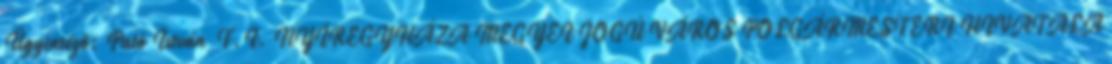
Ügyintéző: Pató István F.I. NYÍREGYHÁZA MEGYEI JOGÚ VÁROS POLGÁRMESTERI HIVATALA